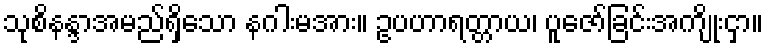
သုစိနန္ဒာအမည်ရှိသော နဂါးမအား။ ဥပဟာရတ္တာယ၊ ပူဇော်ခြင်းအကျိုးငှာ။